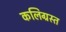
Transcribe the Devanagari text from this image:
कलिग्रस्त